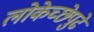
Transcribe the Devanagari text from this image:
लोकेच्छेपुढे